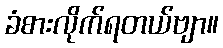
ခံစားလိုက်ရတယ်ဗျာ။